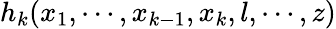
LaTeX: h_{k}(x_{1},\cdots,x_{k-1},x_{k},l,\cdots,z)